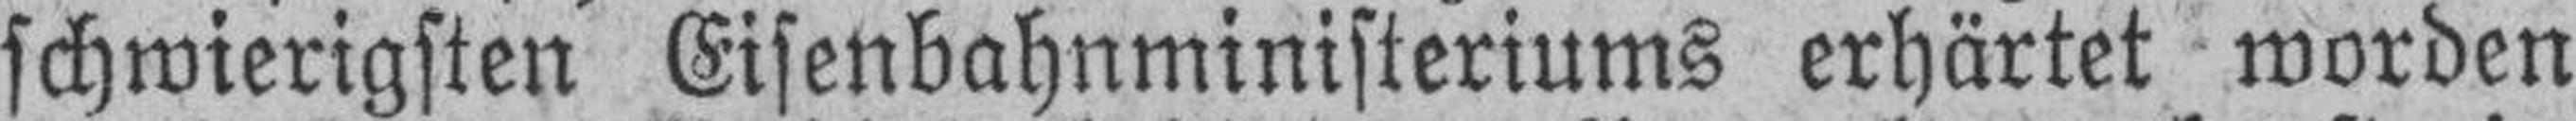
schwierigsten Eisenbahnministeriums erhärtet worden